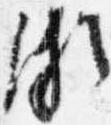
頗